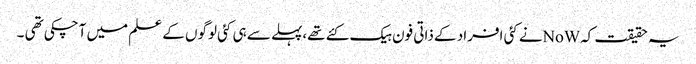
یہ حقیقت کہNoWنے کئی افراد کے ذاتی فون ہیک کئے تھے،پہلے سے ہی کئی لوگوں کے علم میں آچکی تھی ۔